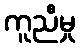
ကူညီမှု